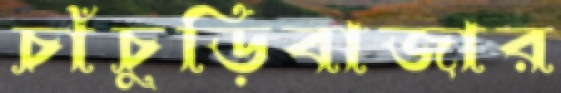
চাঁচুড়িবাজার